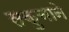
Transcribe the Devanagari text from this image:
सकुचाने